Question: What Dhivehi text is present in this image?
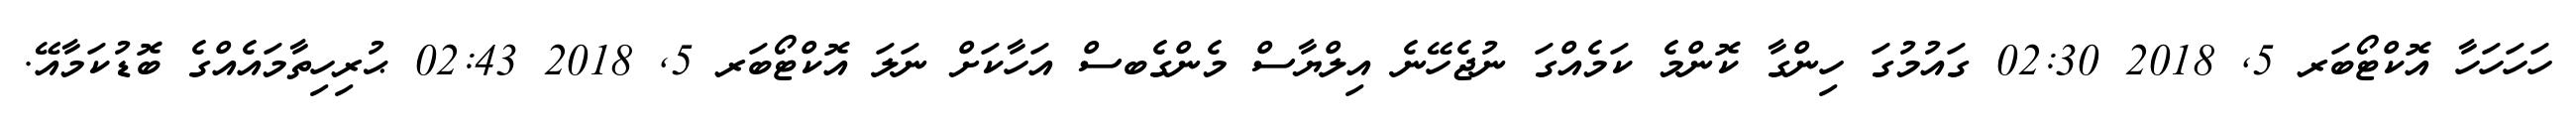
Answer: ހަހަހަހާ އޮކްޓޯބަރ 5, 2018 02:30 ގައުމުގަ ހިންގާ ކޮންމެ ކަމެއްގަ ނުޖެހޭނެ އިލްޔާސް މެންގެބސް އަހާކަށް ނަލަ އޮކްޓޯބަރ 5, 2018 02:43 ޙުރިހިތާމައެއްގެ ބޮޑުކަމާއޭ.